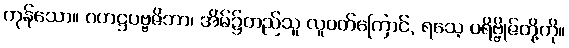
ကုန်သော။ ဂဟဋ္ဌပဗ္ဗဇိဘာ၊ အိမ်၌တည်သူ လူဝတ်ကြောင်, ရသေ့ ပရိဗ္ဗိုဇ်တို့ကို။